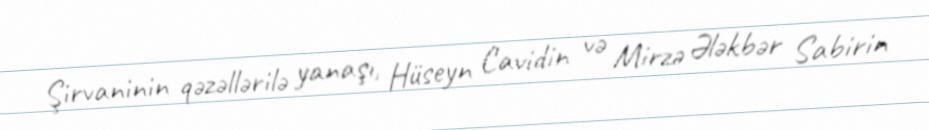
Şirvaninin qəzəllərilə yanaşı, Hüseyn Cavidin və Mirzə Ələkbər Sabirin